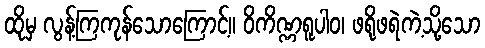
ထိုမှ လွန့်ကြကုန်သောကြောင့်။ ဝိကိဏ္ဏရူပါဝ၊ ဖရိုဖရဲကဲ့သို့သော